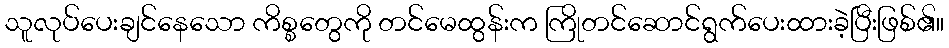
သူလုပ်ပေးချင်နေသော ကိစ္စတွေကို တင်မေထွန်းက ကြိုတင်ဆောင်ရွက်ပေးထားခဲ့ပြီးဖြစ်၏။